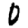
Digit: 0